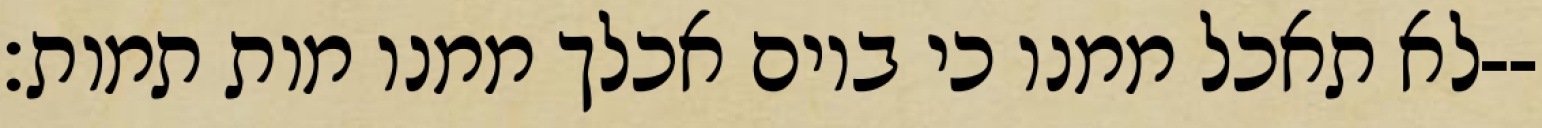
לא תאכל ממנו כי ביום אכלך ממנו מות תמות׃--